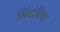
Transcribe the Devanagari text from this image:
सिंगोदिया